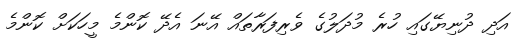
އަދި ދުނިޔޭގައި ހުރެ މުދަލުގެ ވެރިފަރާތައް އޭނަ އެދޭ ކޮންމެ މީހަކަށް ކޮންމެ